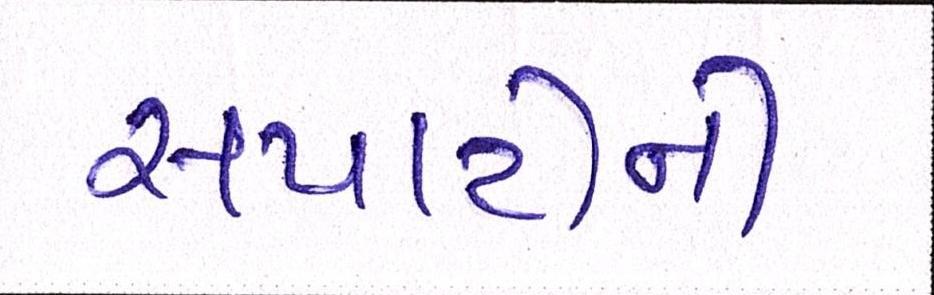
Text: સપાટીની